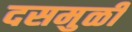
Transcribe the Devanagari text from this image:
दसमुळी